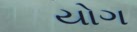
યોગ